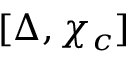
[ \Delta , \chi _ { c } ]